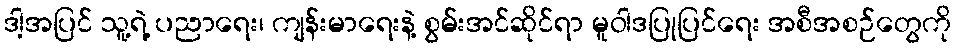
ဒါ့အပြင် သူ့ရဲ့ ပညာရေး၊ ကျန်းမာရေးနဲ့ စွမ်းအင်ဆိုင်ရာ မူဝါဒပြုပြင်ရေး အစီအစဉ်တွေကို